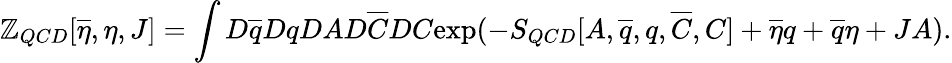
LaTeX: \mathbb{Z}_{QCD}[\overline{{{{\eta}}}},\eta,J]=\int{D}\overline{{{{q}}}}{D}q{D}A{D}\overline{{{{C}}}}{D}C\mathrm{{exp}}(-S_{QCD}[A,\overline{{{{q}}}},q,\overline{{{{C}}}},C]+\overline{{{{\eta}}}}q+\overline{{{{q}}}}\eta+JA).